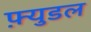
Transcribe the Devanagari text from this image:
फ़्युडल